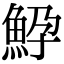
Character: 䱆